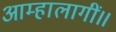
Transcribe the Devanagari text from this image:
आम्हालागीं॥